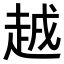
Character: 𧻗